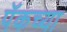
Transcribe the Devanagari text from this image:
पॅकच्या